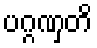
ပဂ္ဂဏှတိ